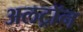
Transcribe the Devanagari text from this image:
अलट्राॅन